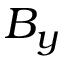
B _ { y }